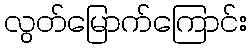
လွတ်မြောက်ကြောင်း